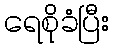
ရေစိုခံပြီး